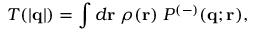
T ( | { \bf q } | ) = \int d { \bf r } \; \rho ( { \bf r } ) \; P ^ { ( - ) } ( { \bf q } ; { \bf r } ) ,